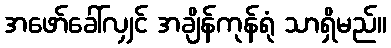
အဖော်ခေါ်လျှင် အချိန်ကုန်ရုံ သာရှိမည်။